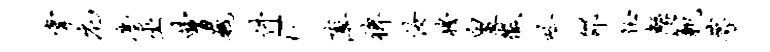
掌庀尘巫曹巍件E薄裨汝穆皇征吟邵徵鲧范萼